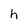
Character: h